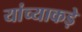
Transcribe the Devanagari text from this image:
यांच्याकड़े